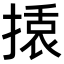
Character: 𭡿